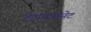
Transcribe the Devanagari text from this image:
टेट्राथायोनेट